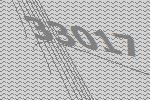
33017